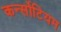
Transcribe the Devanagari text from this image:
कर्न्सोटियम